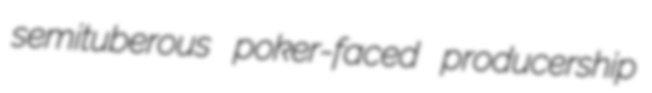
semituberous poker-faced producership